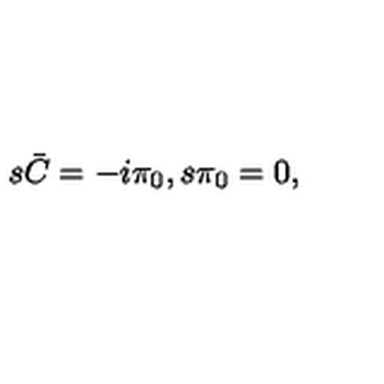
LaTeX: s \bar { C } = - i \pi _ { 0 } , s \pi _ { 0 } = 0 ,